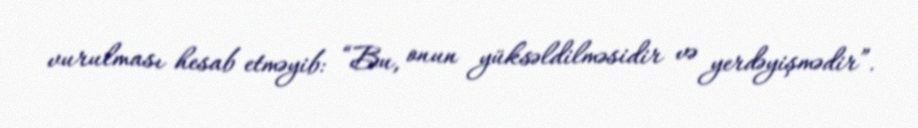
vurulması hesab etməyib: “Bu, onun yüksəldilməsidir və yerdəyişmədir”.